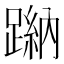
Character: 𨃺